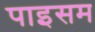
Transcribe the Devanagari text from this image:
पाइसम